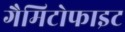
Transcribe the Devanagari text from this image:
गैमिटोफाइट